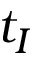
t _ { I }